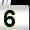
Digit: 5